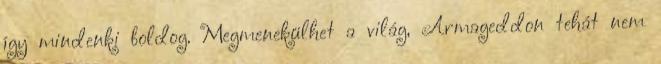
így mindenki boldog. Megmenekülhet a világ, Armageddon tehát nem